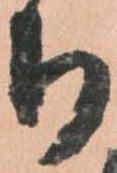
ち